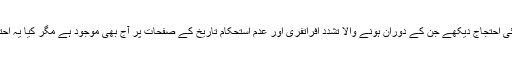
ماضی میں قوم نے ایسے کئی احتجاج دیکھے جن کے دوران ہونے والا تشدد افراتفری اور عدم استحکام تاریخ کے صفحات پر آج بھی موجود ہے مگر کیا یہ احتجاج نتیجہ خیز ثابت ہوئے؟